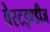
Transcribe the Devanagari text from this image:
वेस्टइण्डीज